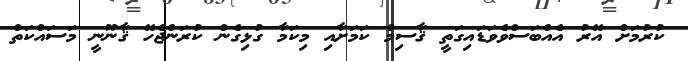
ކުރުމަށް އޭރު އެއްބަސްވެވަޑައިގަތީ ޤާސިމް ކަމަށާއި މިކަމާ ގުޅިގެން ކުރަންޖެހޭ ޤާނޫނީ މަސައްކަތް